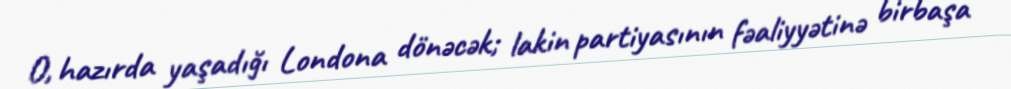
O, hazırda yaşadığı Londona dönəcək; lakin partiyasının fəaliyyətinə birbaşa